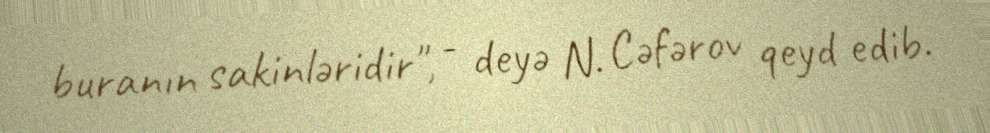
buranın sakinləridir", - deyə N. Cəfərov qeyd edib.